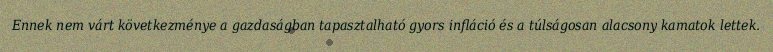
Ennek nem várt következménye a gazdaságban tapasztalható gyors infláció és a túlságosan alacsony kamatok lettek.